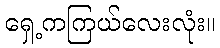
ရှေ့ကကြယ်လေးလုံး။